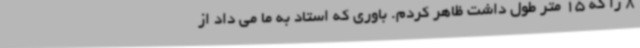
8 را که 15 متر طول داشت ظاهر کردم. باوری که استاد به ما می داد از